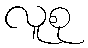
လူစု